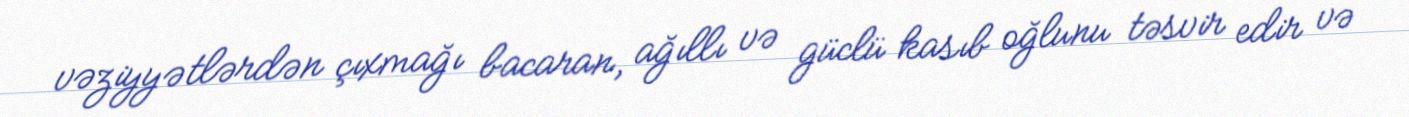
vəziyyətlərdən çıxmağı bacaran, ağıllı və güclü kasıb oğlunu təsvir edir və